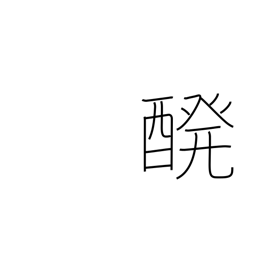
Meaning: brewing